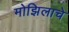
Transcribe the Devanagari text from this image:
मोझिलाचे